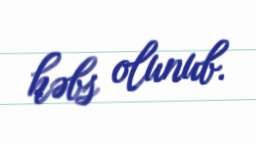
həbs olunub.